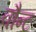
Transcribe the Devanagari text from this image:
वौन्ट